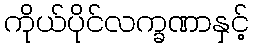
ကိုယ်ပိုင်လက္ခဏာနှင့်